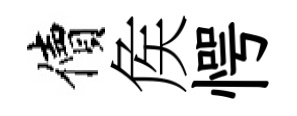
價矦愕